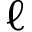
\ell